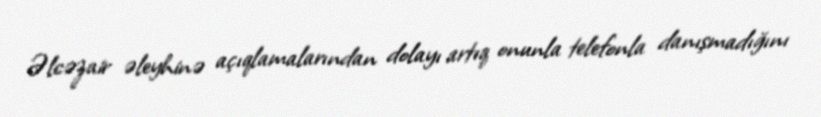
Əlcəzair əleyhinə açıqlamalarından dolayı artıq onunla telefonla danışmadığını